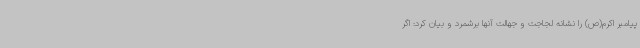
پیامبر اکرم(ص) را نشانه لجاجت و جهالت آنها برشمرد و بیان کرد: اگر